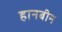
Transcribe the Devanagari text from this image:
हानबीन